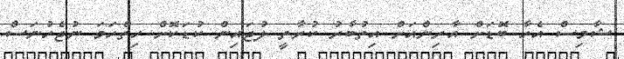
ޝާމިސް އެހާ ބޮޑަށް އާރިންއަށް އިތުބާރު ކުރާތީ ލުޖައިން ކުޑަކޮށް ހިތްހަމަ ނުޖެހުނަސް